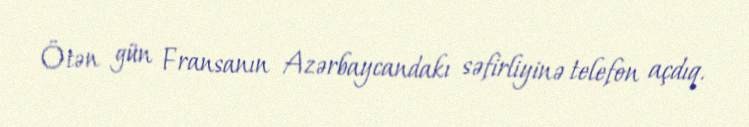
Ötən gün Fransanın Azərbaycandakı səfirliyinə telefon açdıq.